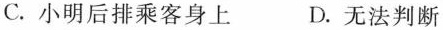
C.小明后排乘客身上 D.无法判断